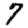
Digit: 7